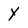
Character: Y